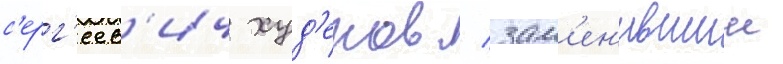
с'ерг'еев'ич худ'еков / зам'ен'ившии